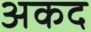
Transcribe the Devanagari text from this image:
अकद